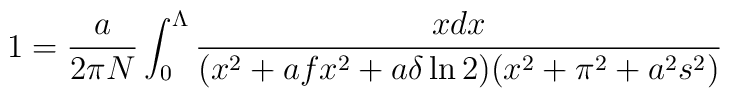
1={a \over 2\pi N} \int_0^{\Lambda} {x dx \over (x^2+ afx^2+a \delta \ln2 )(x^2 +\pi^2+a^2s^2) }